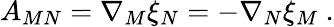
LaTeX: A_{MN}=\nabla_{M}\xi_{N}=-\nabla_{N}\xi_{M}~.